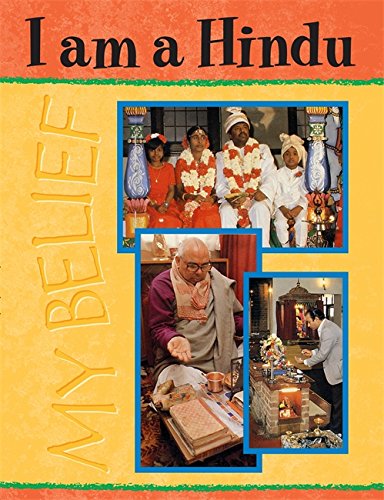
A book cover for I am a Hindu (My Belief); Clive Lawton; Children's Books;